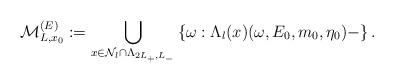
LaTeX: \begin{align*} \mathcal M_{L,x_0}^{(E)}:= \bigcup_{x\in \mathcal N_l \cap \Lambda_{2L_+,L_-}}\left\{ \omega: \Lambda_l(x) (\omega, E_0, m_0,\eta_0)-\right\}. \end{align*}